Vaccination in Bombay 1874-1876 - 1874-1876
Year: 1874
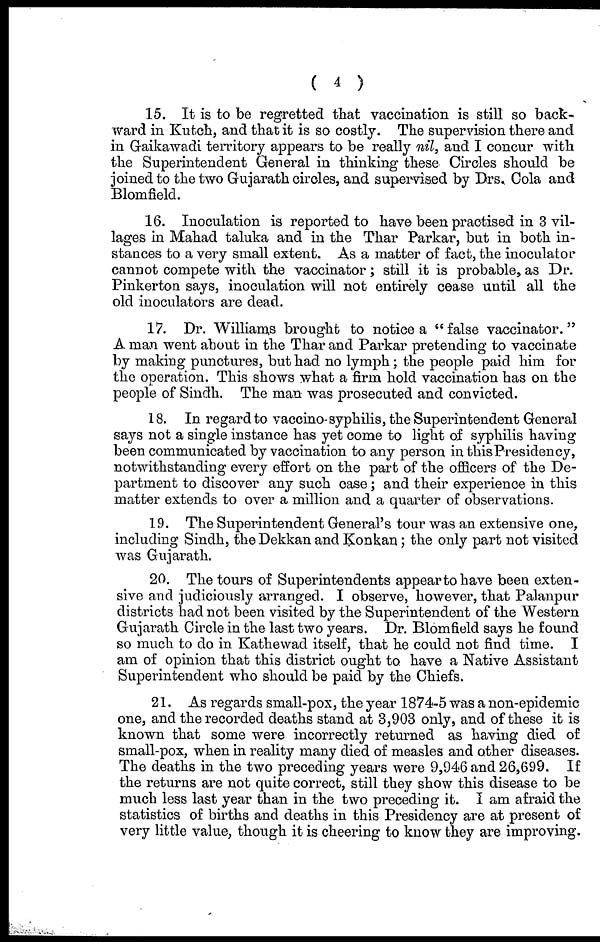
( 4 )
15. It is to be regretted that vaccination is still so back-
ward in Kutch, and that it is so costly. The supervision there and
in Gaikawadi territory appears to be really nil, and I concur with
the Superintendent General in thinking these Circles should be
joined to the two Gujarath circles, and supervised by Drs. Cola and
Blomfield.
16. Inoculation is reported to have been practised in 3 vil-
lages in Mahad taluka and in the Thar Parkar, but in both in-
stances to a very small extent. As a matter of fact, the inoculator
cannot compete with the vaccinator; still it is probable, as Dr.
Pinkerton says, inoculation will not entirely cease until all the
old inoculators are dead.
17. Dr. Williams brought to notice a "false vaccinator."
A man went about in the Thar and Parkar pretending to vaccinate
by making punctures, but had no lymph; the people paid him for
the operation. This shows what a firm hold vaccination has on the
people of Sindh. The man was prosecuted and convicted.
18. In regard to vaccino-syphilis, the Superintendent General
says not a single instance has yet come to light of syphilis having
been communicated by vaccination to any person in this Presidency,
notwithstanding every effort on the part of the officers of the De-
partment to discover any such case; and their experience in this
matter extends to over a million and a quarter of observations.
19. The Superintendent General's tour was an extensive one,
including Sindh, the Dekkan and Konkan; the only part not visited
was Gujarath.
20. The tours of Superintendents appear to have been exten-
sive and judiciously arranged. I observe, however, that Palanpur
districts had not been visited by the Superintendent of the Western
Gujarath Circle in the last two years. Dr. Blomfield says he found
so much to do in Kathewad itself, that he could not find time. I
am of opinion that this district ought to have a Native Assistant
Superintendent who should be paid by the Chiefs.
21. As regards small-pox, the year 1874-5 was a non-epidemic
one, and the recorded deaths stand at 3,903 only, and of these it is
known that some were incorrectly returned as having died of
small-pox, when in reality many died of measles and other diseases.
The deaths in the two preceding years were 9,946 and 26,699. If
the returns are not quite correct, still they show this disease to be
much less last year than in the two preceding it. I am afraid the
statistics of births and deaths in this Presidency are at present of
very little value, though it is cheering to know they are improving.